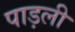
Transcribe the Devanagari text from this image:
पाड़ली